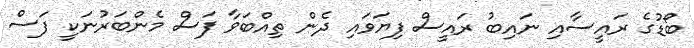
ބޯޑުގެ ރައީސާއި ނައިބު ރައީސް ފިޔަވައި ދެން ތިއްބަވާ ފަސް މެންބަރުނަކީ ފަސް